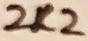
Text: 2K2